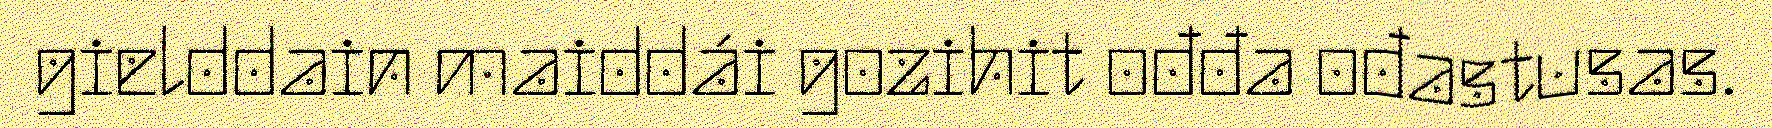
gielddain maiddái gozihit ođđa ođastusas.